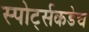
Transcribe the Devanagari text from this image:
स्पोर्ट्सकडेच